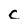
Character: c